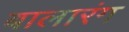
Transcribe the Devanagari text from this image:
बालारंग